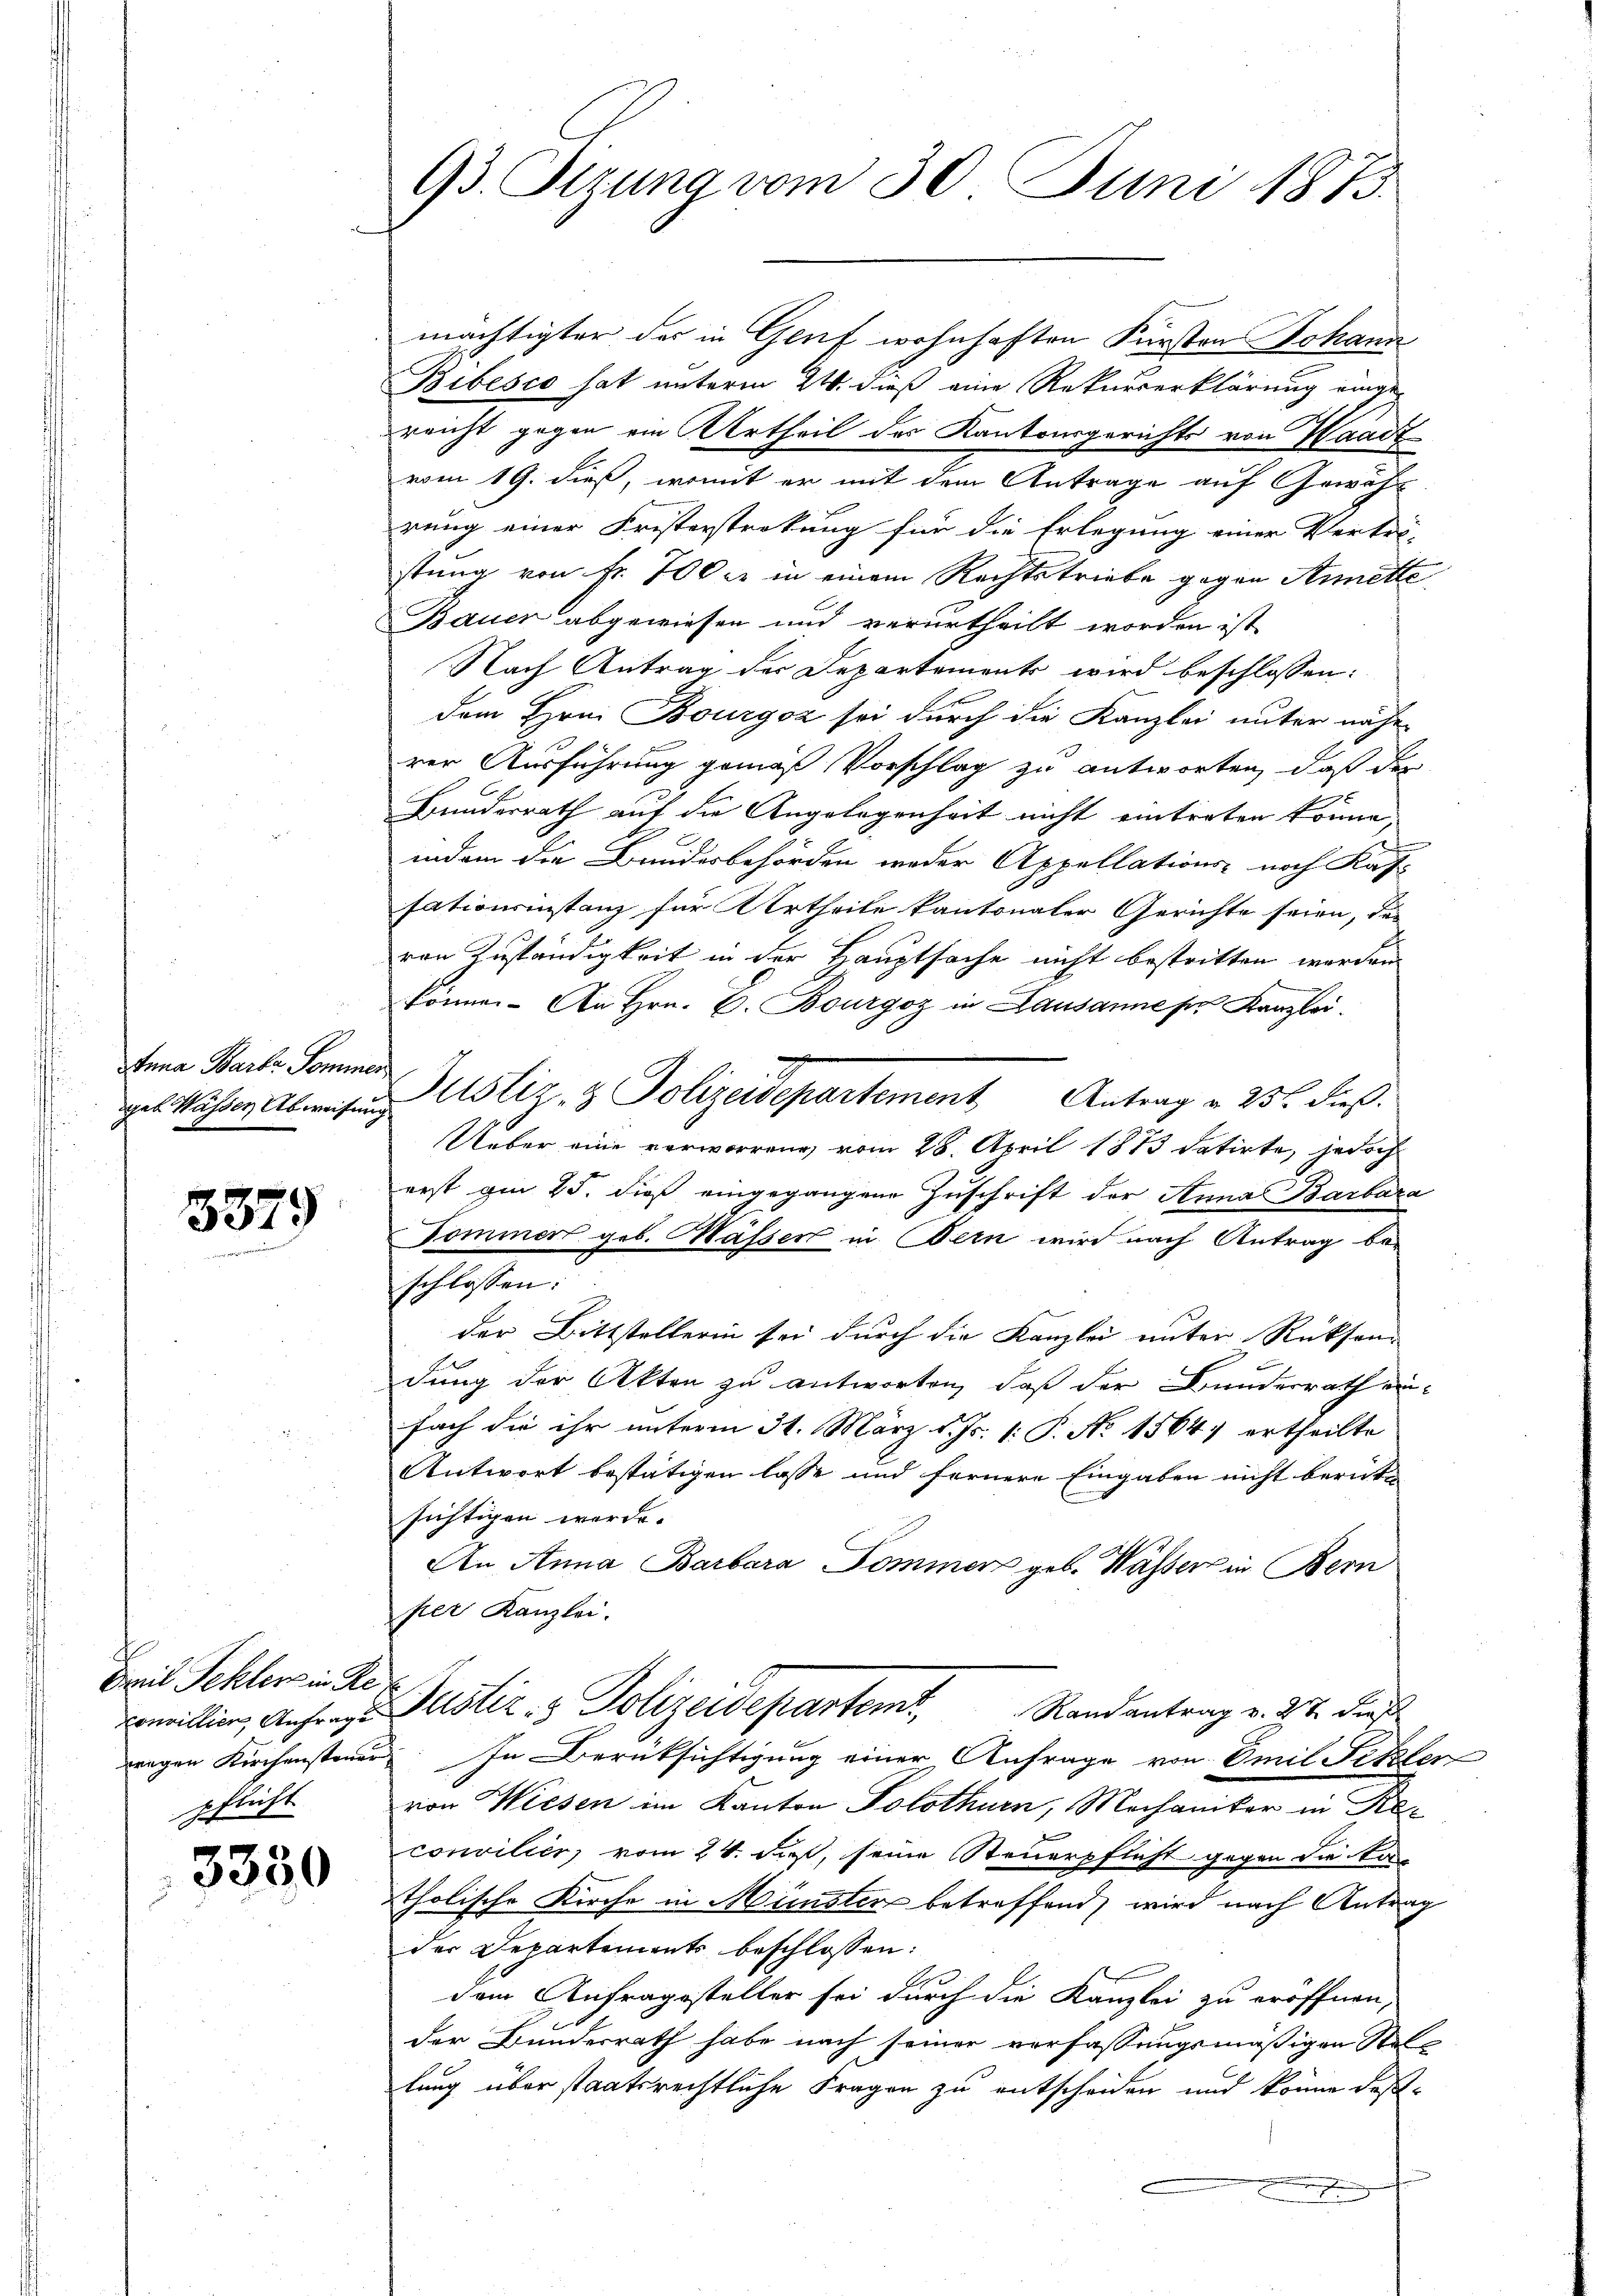
Inna Barba Pommer
geb. Wasser Abweisen,

3379

Bail Fehlers in Re
pflicht

3350

93. Sizung vom 30. Juni 1873.

mächtigter der in Genf wohnhaften Fürsten Johann
Bibésco hat unterm 24. dieß eine Rekurserklärung eingereicht gegen ein Urtheil des Kantonsgerichts von Waadt
vom 19. dieß, womit er mit dem Antrage auf Gewäh-
rung einer Fristerstrakung für die Erlegung einer Vertri-
stung von Fr. 700 er in einem Rechtstriebe gegen Simette
Bauer abgewiesen und verurtheilt worden ist,
Nach Antrag der Departements wird beschlossen:
dem Hrn. Bourgoz sei durch die Kanzlei unter näher
rer Ausführung gemäß Vorschlag zu antworten, daß der
Bunderrath auf die Angelegenheit nicht eintreten könne,
indem die Bundesbehörden weder Appellations- noch Kas-
sationsinstanz für Urtheile kantonaler Gerichte seien, da
ren Zuständigkeit in der Hauptsache nicht bestritten werden
können. An Hrn. C. Bourgoz in Lausanne pr. Kanzlei.
g
 Justiz- & Polizeidepartement Antrag u. 25. dieβ.
i
Ueber eine verworren vom 28. April 1873 datirte, jedoch
erst am 25. dieß eingegangene Zuschrift der Anna Barbara
Tommer geb. Wasser in Bern wird nach Antrag be-
schlossen:
der Bittstellerin sei durch die Kanzlei unter Rücksendung der Akten zu antworten, daß der Bundesrath ein-
fach die ihr unterm 31. März d. Js. 1. P. No 1564 ertheilte
Antwort bestätigen lasse und fernere Eingaben nicht berute
sichtigen werde.
An Anna Barbara Pommer geb. Wasser in Bern
per Kanzlei.
comillion, Anfrage Pustiz- & Polizeidepartem Randantrag v. 27. Dies
wagen Kirchensteuer. In Berüksichtigung einer Anfrage von Emil Fetzler
von Wiesen im Kanton Solothurn, Mechaniker in Prec
concilier, vom 24. daß, seine Steuerpflicht gegen die a
tholische Kirche in Münster betreffend wird nach Antrag
der Departements beschlossen:
dem Anfragesteller sei durch die Kanzlei zu eröffnen,
der Bundesrath habe nach seiner verfassungsmäßigen Stell
lung über staatsrechtliche Fragen zu entscheiden und könne daß